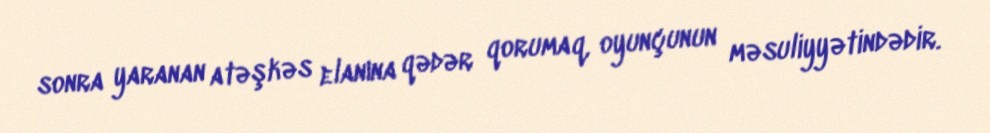
sonra yaranan atəşkəs elanına qədər qorumaq, oyunçunun məsuliyyətindədir.